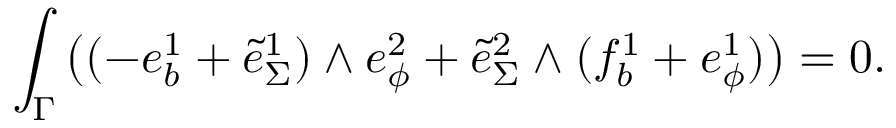
\int _ { \Gamma } \big ( ( - e _ { b } ^ { 1 } + \tilde { e } _ { \Sigma } ^ { 1 } ) \wedge e _ { \phi } ^ { 2 } + \tilde { e } _ { \Sigma } ^ { 2 } \wedge ( f _ { b } ^ { 1 } + e _ { \phi } ^ { 1 } ) \big ) = 0 .